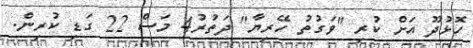
ހޮޅުދޫ އަށް ކުރި "ވަގުތު ހޭރިޔާ" ދަތުރު4 މަސް 22 ގަޑި ކުރިން.